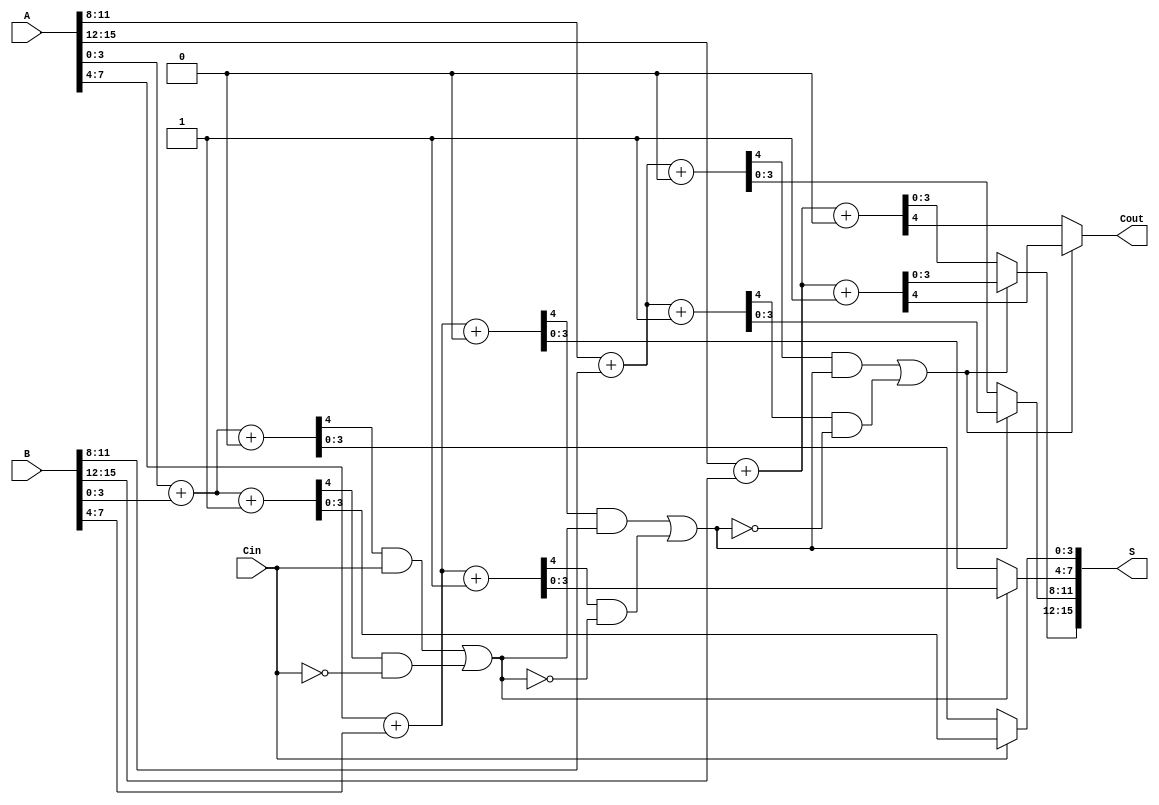
module CarrySelectAdder #(parameter N = 16, parameter M = 4) (
    input  [N-1:0] A,       // First n-bit input
    input  [N-1:0] B,       // Second n-bit input
    input          Cin,      // Carry-in
    output [N-1:0] S,       // n-bit sum output
    output         Cout      // Carry-out
);
    // Number of blocks
    localparam NUM_BLOCKS = N / M;

    // Internal signals
    wire [M-1:0] S0 [0:NUM_BLOCKS-1]; // S0 for each block
    wire [M-1:0] S1 [0:NUM_BLOCKS-1]; // S1 for each block
    wire C0 [0:NUM_BLOCKS-1];          // Carry-out assuming Cin = 0
    wire C1 [0:NUM_BLOCKS-1];          // Carry-out assuming Cin = 1
    wire [NUM_BLOCKS-1:0] carry;       // Carry signals for MUX selection

    // Generate blocks
    genvar i;
    generate
        for (i = 0; i < NUM_BLOCKS; i = i + 1) begin : block
            wire [M-1:0] A_block = A[M*i +: M];
            wire [M-1:0] B_block = B[M*i +: M];

            // Full adders for carry-in = 0
            assign {C0[i], S0[i]} = A_block + B_block + 1'b0;

            // Full adders for carry-in = 1
            assign {C1[i], S1[i]} = A_block + B_block + 1'b1;
        end
    endgenerate

    // Determine carry signals for MUX selection
    assign carry[0] = Cin;
    generate
        for (i = 1; i < NUM_BLOCKS; i = i + 1) begin : carry_logic
            assign carry[i] = (C0[i-1] & carry[i-1]) | (C1[i-1] & ~carry[i-1]);
        end
    endgenerate

    // MUX selection for sums and carry-out
    generate
        for (i = 0; i < NUM_BLOCKS; i = i + 1) begin : mux
            assign S[M*i +: M] = carry[i] ? S1[i] : S0[i];
        end
    endgenerate

    // Final carry-out
    assign Cout = carry[NUM_BLOCKS-1] ? C1[NUM_BLOCKS-1] : C0[NUM_BLOCKS-1];

endmodule